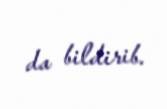
da bildirib.